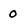
Character: 0